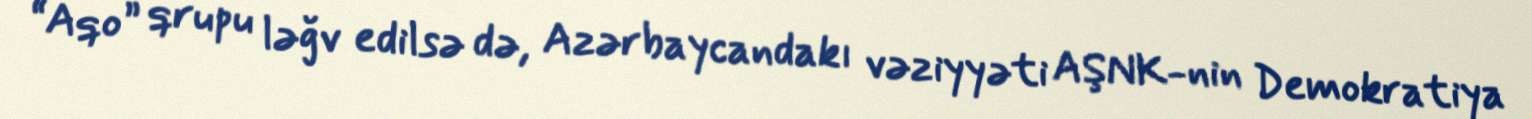
“Aqo” qrupu ləğv edilsə də, Azərbaycandakı vəziyyəti AŞNK-nin Demokratiya